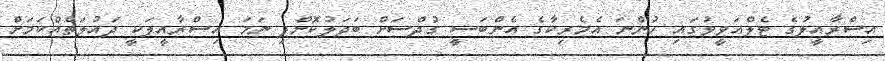
އިސްރާއީލުގެ ޓެލްއަވީވުގައި ހުންނަ އެމެރިކާގެ އެންބަސީ ގުދްސަށް ބަދަލުކޮށްފި ނަމަ އިސްރާއީލަކީ ދައުލަތެއްކަމަށް